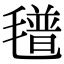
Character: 氆